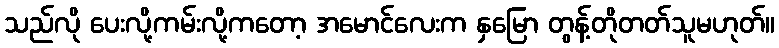
သည်လို ပေးလို့ကမ်းလို့ကတော့ အမောင်လေးက နှမြော တွန့်တိုတတ်သူမဟုတ်။